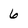
Character: 6